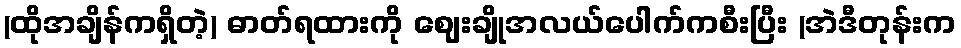
(ထိုအချိန်ကရှိတဲ့) ဓာတ်ရထားကို ဈေးချိုအလယ်ပေါက်ကစီးပြီး (အဲဒီတုန်းက